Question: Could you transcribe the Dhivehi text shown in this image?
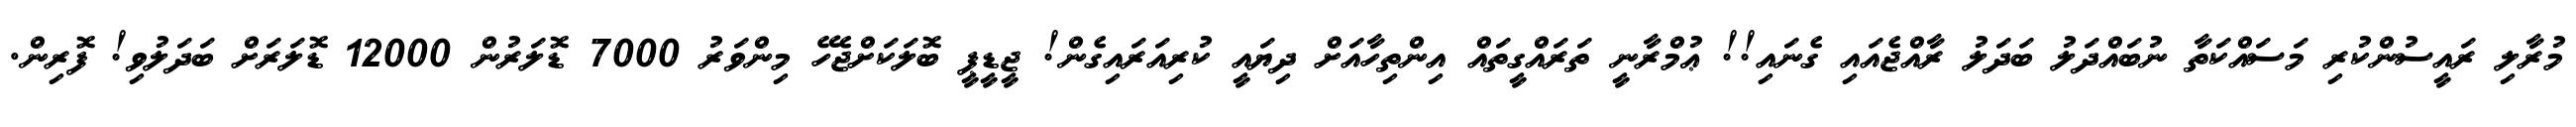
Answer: މުރާލި ރައީސުންކުރި މަސައްކަތާ ނުބައްދަލު ބަދަލު ރާއްޖެއައި ގެނައި!! ޢުމްރާނީ ތަރައްގީތައް އިންތިހާއަށް ދިޔައީ ކުރިއަރައިގެން! ޖީޑީޕީ ބޮލަކަށްޖެހޭ މިންވަރު 7000 ޑޮލަރުން 12000 ޑޮލަރަށް ބަދަލުވި! ފޮރިން.